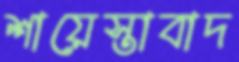
শায়েস্তাবাদ